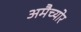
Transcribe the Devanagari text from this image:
अमैच्योर